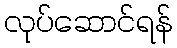
လုပ်ဆောင်ရန်